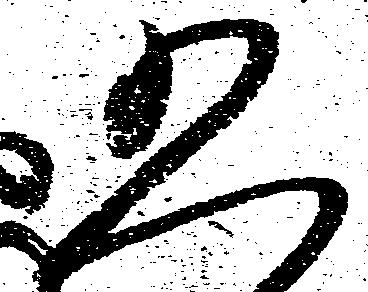
五